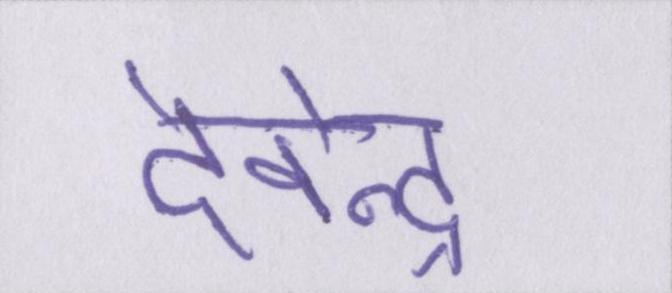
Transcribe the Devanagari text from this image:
देवेन्द्र